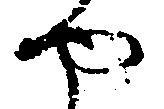
や